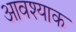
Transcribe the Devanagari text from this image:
आवश्याक